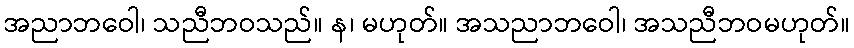
အညာဘဝေါ၊ သညီဘဝသည်။ န၊ မဟုတ်။ အသညာဘဝေါ၊ အသညီဘဝမဟုတ်။